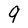
Character: 9